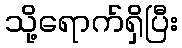
သို့ရောက်ရှိပြီး